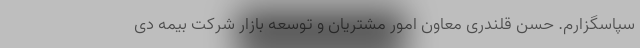
سپاسگزارم. حسن قلندری معاون امور مشتریان و توسعه بازار شرکت بیمه دی